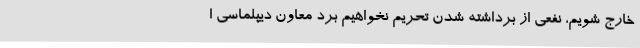
خارج شویم، نفعی از برداشته شدن تحریم نخواهیم برد معاون دیپلماسی ا